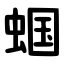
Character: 蝈